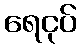
ရေငုပ်